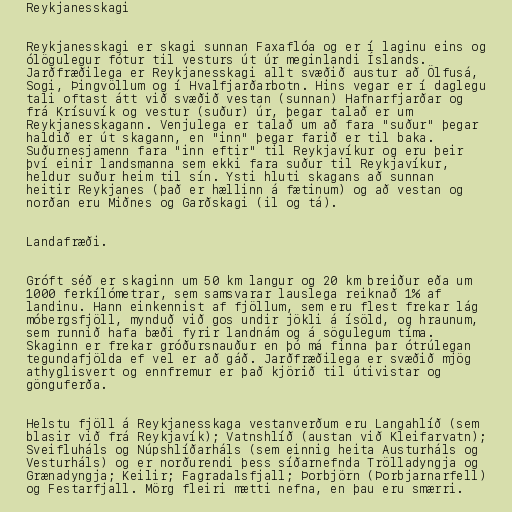
Reykjanesskagi

Reykjanesskagi er skagi sunnan Faxaflóa og er í laginu eins og
ólögulegur fótur til vesturs út úr meginlandi Íslands.
Jarðfræðilega er Reykjanesskagi allt svæðið austur að Ölfusá,
Sogi, Þingvöllum og í Hvalfjarðarbotn. Hins vegar er í daglegu
tali oftast átt við svæðið vestan (sunnan) Hafnarfjarðar og
frá Krísuvík og vestur (suður) úr, þegar talað er um
Reykjanesskagann. Venjulega er talað um að fara "suður" þegar
haldið er út skagann, en "inn" þegar farið er til baka.
Suðurnesjamenn fara "inn eftir" til Reykjavíkur og eru þeir
því einir landsmanna sem ekki fara suður til Reykjavíkur,
heldur suður heim til sín. Ysti hluti skagans að sunnan
heitir Reykjanes (það er hællinn á fætinum) og að vestan og
norðan eru Miðnes og Garðskagi (il og tá).

Landafræði.

Gróft séð er skaginn um 50 km langur og 20 km breiður eða um
1000 ferkílómetrar, sem samsvarar lauslega reiknað 1% af
landinu. Hann einkennist af fjöllum, sem eru flest frekar lág
móbergsfjöll, mynduð við gos undir jökli á ísöld, og hraunum,
sem runnið hafa bæði fyrir landnám og á sögulegum tíma.
Skaginn er frekar gróðursnauður en þó má finna þar ótrúlegan
tegundafjölda ef vel er að gáð. Jarðfræðilega er svæðið mjög
athyglisvert og ennfremur er það kjörið til útivistar og
gönguferða.

Helstu fjöll á Reykjanesskaga vestanverðum eru Langahlíð (sem
blasir við frá Reykjavík); Vatnshlíð (austan við Kleifarvatn);
Sveifluháls og Núpshlíðarháls (sem einnig heita Austurháls og
Vesturháls) og er norðurendi þess síðarnefnda Trölladyngja og
Grænadyngja; Keilir; Fagradalsfjall; Þorbjörn (Þorbjarnarfell)
og Festarfjall. Mörg fleiri mætti nefna, en þau eru smærri.